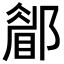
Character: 𨞅